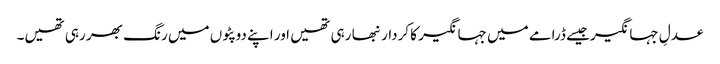
عدلِ جہانگیرجیسے ڈرامے میں جہانگیر کا کردار نبھا رہی تھیں اور اپنے دوپٹوں میں رنگ بھر رہی تھیں۔